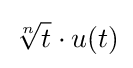
{\sqrt[{n}]{t}}\cdot u(t)